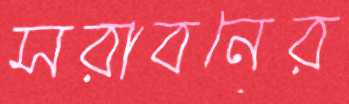
সরাবনের